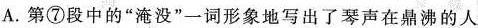
A.第⑦段中的“淹没”一词形象地写出了琴声在鼎沸的人